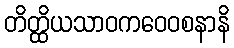
တိတ္ထိယသာဝကဝေဝစနာနိ